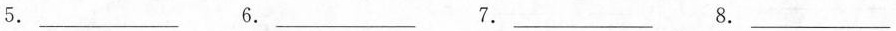
5.___ 6.___ 7.___ 8.___